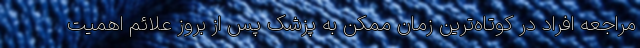
مراجعه افراد در کوتاه‌ترین زمان ممکن به پزشک پس از بروز علائم اهمیت